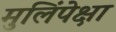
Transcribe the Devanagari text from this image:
मुलिंपेक्षा